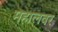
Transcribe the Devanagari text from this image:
महालवर